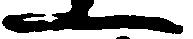
一